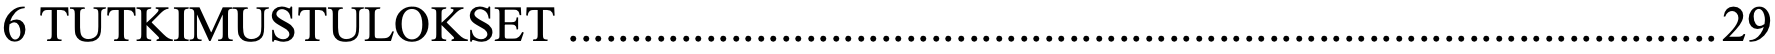
6 TUTKIMUSTULOKSET ............................................................................................ 29